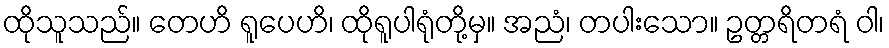
ထိုသူသည်။ တေဟိ ရူပေဟိ၊ ထိုရူပါရုံတို့မှ။ အညံ၊ တပါးသော။ ဥတ္တရိတရံ ဝါ၊